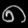
Digit: ၈